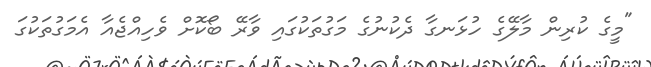
"މީގެ ކުރިން މާލޭގެ ހުޅަނގާ ދެކުނުގެ މަގުތަކުގައި ވާރޭ ބޯކޮށް ވެހިއްޖެއާ އެމަގުތަކުގަ